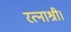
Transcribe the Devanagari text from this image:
रत्नाश्री।